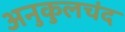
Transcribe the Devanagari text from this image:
अनुकुलचंद